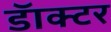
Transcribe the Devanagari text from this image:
डॅाक्टर